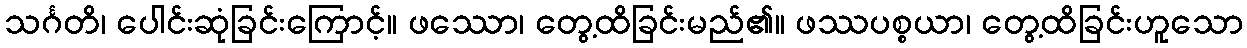
သင်္ဂတိ၊ ပေါင်းဆုံခြင်းကြောင့်။ ဖဿော၊ တွေ့ထိခြင်းမည်၏။ ဖဿပစ္စယာ၊ တွေ့ထိခြင်းဟူသော